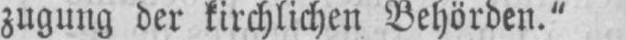
zugung der kirchlichen Behörden.“